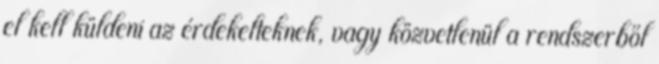
el kell küldeni az érdekelteknek, vagy közvetlenül a rendszerből